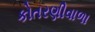
કોતરણીવાળા